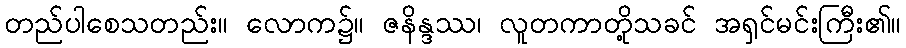
တည်ပါစေသတည်း။ လောက၌။ ဇနိန္ဒဿ၊ လူတကာတို့သခင် အရှင်မင်းကြီး၏။